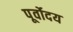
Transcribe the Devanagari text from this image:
पूर्वोदय